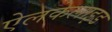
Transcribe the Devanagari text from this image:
ऐलकेलाइड